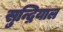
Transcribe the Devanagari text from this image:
सुन्द्रियाल